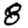
Digit: 8